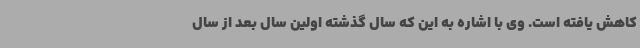
کاهش یافته است. وی با اشاره به این که سال گذشته اولین سال بعد از سال